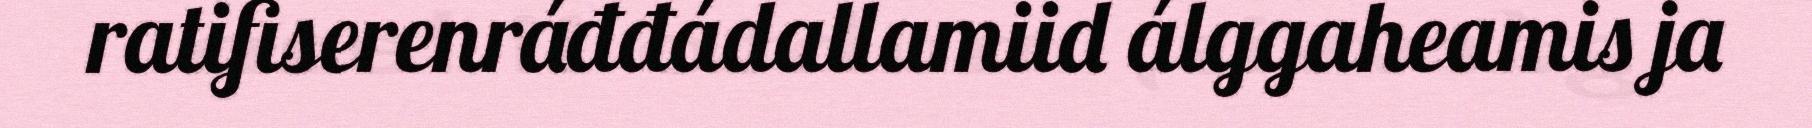
ratifiserenráđđádallamiid álggaheamis ja